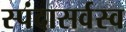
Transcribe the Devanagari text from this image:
स्पंदासर्वस्व